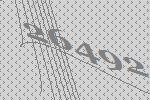
26492